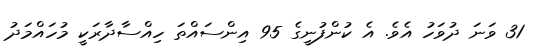
31 ވަނަ ދުވަހު އެވެ. އެ ކުންފުނީގެ 95 އިންސައްތަ ހިއްސާދާރަކީ މުހައްމަދު